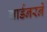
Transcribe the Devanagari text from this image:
गार्डनरने